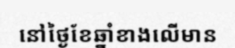
នៅថ្ងៃខែឆ្នាំខាងលើមាន